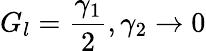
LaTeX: G_{l}=\frac{\gamma_{1}}{2},\gamma_{2}\rightarrow 0